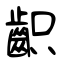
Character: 齞